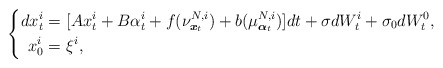
\begin{align*} \left\{ \begin{aligned}dx^i_t=&~[Ax^i_t+B\alpha^i_t+f(\nu^{N,i}_{\boldsymbol{x}_t})+b(\mu^{N,i}_{\boldsymbol{\alpha}_t})]dt+\sigma dW^i_t+\sigma_0dW^0_t,\\ x^i_0=&~\xi^i, \end{aligned} \right. \end{align*}